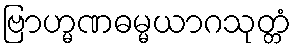
ဗြာဟ္မဏဓမ္မယာဂသုတ္တံ